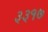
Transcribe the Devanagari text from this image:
३३१७